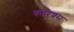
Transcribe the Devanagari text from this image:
कोरेक्स